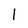
Character: l